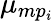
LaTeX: \mu_{mp_{i}}